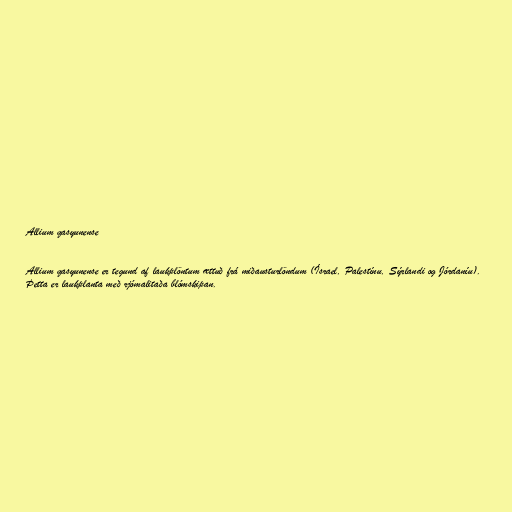
Allium qasyunense

Allium qasyunense er tegund af laukplöntum ættuð frá miðausturlöndum (Ísrael, Palestínu, Sýrlandi og Jórdaníu).
Þetta er laukplanta með rjómalitaða blómskipan.